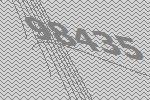
98435